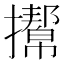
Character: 𢸌